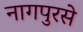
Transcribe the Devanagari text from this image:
नागपुरसे